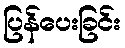
ပြန်ပေးခြင်း